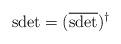
LaTeX: \begin{align*}\mbox{sdet}=(\overline{\mbox{sdet}})^{\dagger}\end{align*}